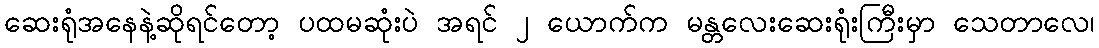
ဆေးရုံအနေနဲ့ဆိုရင်တော့ ပထမဆုံးပဲ အရင် ၂ ယောက်က မန္တလေးဆေးရုံးကြီးမှာ သေတာလေ၊